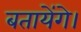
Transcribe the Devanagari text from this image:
बतायेंगे।